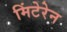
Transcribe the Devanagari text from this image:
मिंटेरेन